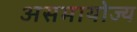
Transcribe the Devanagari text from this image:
असमायोज्य